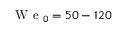
\mathrm { ~ W ~ e ~ } _ { 0 } = 5 0 - 1 2 0